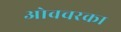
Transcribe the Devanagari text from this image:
ओवचरका